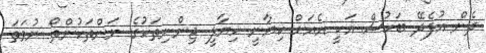
ދެން އުފެދޭ ބަހުސް އަކީ އެއަށް ކިޔާނީ ހިޔާލީ ޖިންނިތަކުގެ ނަންތަކުންތޯ ނުވަތަ